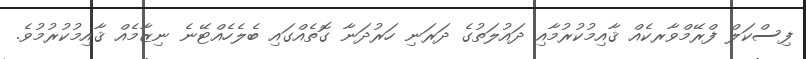
ފިސްކަލް ފްރޭމްވާރކެއް ޤާއިމުކުރުމާއި ދައުލަތުގެ ދަރަނި ހަރުދަނާ ގޮތެއްގައި ބެލެހެއްޓޭނެ ނިޒާމެއް ޤާއިމުކުރުމުވެ.